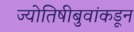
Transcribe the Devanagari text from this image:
ज्योतिषीबुवांकडून